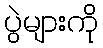
ပွဲများကို